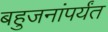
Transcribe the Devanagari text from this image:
बहुजनांपर्यंत